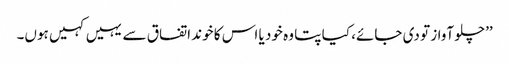
’’چلو آواز تو دی جائے، کیا پتا وہ خود یا اس کا خوند اتفاق سے یہیں کہیں ہوں۔